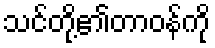
သင်တို့၏တာဝန်ကို